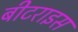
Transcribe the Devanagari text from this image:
बीटराइस